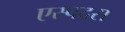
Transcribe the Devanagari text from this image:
एस्पदस